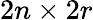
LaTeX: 2n\times 2r